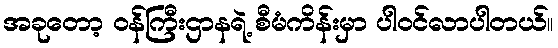
အခုတော့ ဝန်ကြီးဌာနရဲ့ စီမံကိန်းမှာ ပါဝင်လာပါတယ်။